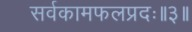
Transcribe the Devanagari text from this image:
सर्वकामफलप्रदः॥३॥